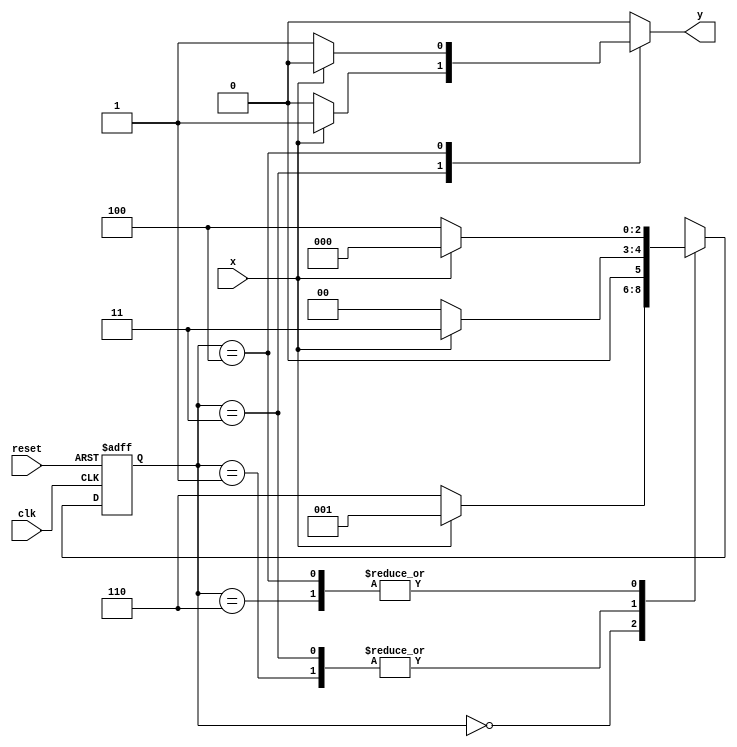
// ------------------------------
// Guia 11
// Nome: Mariana Ramos de Brito
// ------------------------------


// -------------------
// --- Mealy FSM
// --- seq: 000 ou 111
// -------------------


// constant definitions
`define found    1
`define notfound 0

// FSM by Mealy
module numero05_seq000_111 ( y, x, clk, reset );

	output y;
	input  x;
	input  clk;
	input  reset;

	reg    y;

	parameter         // state identifiers 
		start  = 3'b000,
		id1    = 3'b001,
		id11   = 3'b011,
		id0    = 3'b110,
		id00   = 3'b100;

	reg [2:0] E1;	// current state variables
	reg [2:0] E2;	// next state logic output

	// next state logic
   always @( x or E1 )
		begin
		y = `notfound;

		case ( E1 )
			start:
				if ( x )
					E2 = id1;
				else
					E2 = id0;
				
			id1:
				if ( x )
					E2 = id11;
				else
					E2 = start;

			id11:
				if ( x )
				begin
					E2 =  id11;
					y  = `found;
				end
				else
				begin
					E2 =  start;
					y  = `notfound;
				end
			
			id0:
				if ( x )
					E2 = start;
				else
					E2 = id00;

			id00:
				if ( x )
				begin
					E2 =  start;
					y  = `notfound;
				end
				else
				begin
					E2 =  id00;
					y  = `found;
				end
	 
			default:   // undefined state
				E2 =  3'bxxx;
		endcase
	  
		end // always at signal or state changing
		

	// state variables
		always @( posedge clk or negedge reset )
		begin
			if ( reset )
				E1 = E2;    // updates current state
			else
				E1 = 0;     // reset
		end // always at signal changing

endmodule // numero05_seq000_111